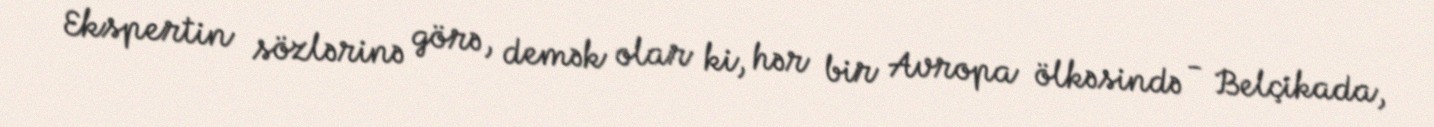
Ekspertin sözlərinə görə, demək olar ki, hər bir Avropa ölkəsində - Belçikada,